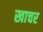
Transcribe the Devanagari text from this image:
खाचर